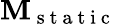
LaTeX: \mathbf{M}_{\mathrm{~s~t~a~t~i~c~}}